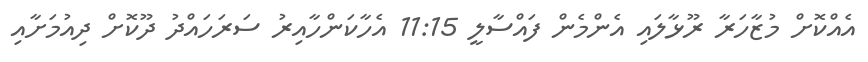
އެއްކޮށް މުޒާހަރާ ރޫޅާލައި އެންމެން ފައްސާލީ 11:15 އެހާކަންހާއިރު ސަރަހައްދު ދޫކޮށް ދިއުމަށާއި